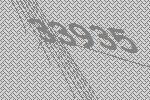
33935